Report of the Municipal Commissioner on the plague in Bombay for the year ending 31st May... - Volume 2
Disease focus: Plague
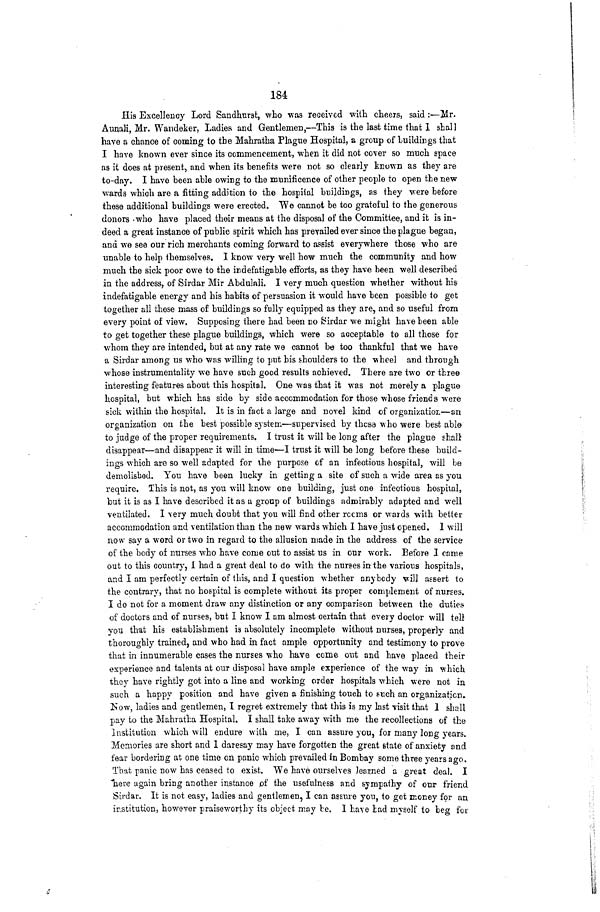
184:
His Excellency Lord Sandhurst, who was received with cheers, said :—Mr.
AunaJi, Mr. Wandeker, Ladies and Gentlemen,—This is the last time that 1 shall
have a chance of coming to the Mahratha Plague Hospital, a group of buildings that
I have known ever since its commencement, when it did not cover so much space
as it does at present, and when its henefits were not so clearly known as they are
to-day. I have been able owing to the munificence of other people to open the new
wards which are a fitting addition to the hospital buildings, as they were before
these additional buildings were erected. We cannot be too grateful to the generous
donors -who have placed their means at the disposal of the Committee, and it is in-
deed a great instance of public spirit which has prevailed ever since the plague began,
and we see our rich merchants coming forward to assist everywhere those who are
unable to help themselves. I know very well how much the community and how
much the sick poor owe to the indefatigable efforts, as they have been well described
in the address, of Sirdar Mir Abdulali. I very much question whether without hi&
indefatigable energy and his habits of persuasion it would have been possible to get
together all these mass of buildings so fully equipped as they are, and so useful from
every point of view. Supposing there had been no Sirdar we might have been able
to get together these plague buildings, which were so acceptable to all those for
whom they are intended, but at any rate we cannot be too thankful that we have
a Sirdar among us who was willing to put his shoulders to the wheel and through
whose instrumentality we have such good results achieved. There are two or three
interesting features about this hospital. One was that it was not merely a plague
hospital, but which has side by side accommodation for those whose friends were
sick within the hospital. It is in fact a large and novel kind of organisation—on
organization on the best possible system—supervised by thcsa who -were best able
to judge of the proper requirements. I trust it will be long after the plague shall
disappear—and disappear it will in time—I trust it will be long before these build-
ings which are so well adapted for the purpose of an infectious hospital, will be
demolished. You have been lucky in getting a site of such a wide area as you
require. This is not, as you will know one building, just one infectious hospital,
"but it is as I have described it as a group of buildings admirably adapted and well
ventilated. I very much doubt that you will find other rccms or wards with better
accommodation and ventilation than the new wards which I have just opened. 1 will
now say a word or two in regard to the allusion made in the address of the service
of the body of nurses who have come out to assist us in our work. Before I came
out to this country, i had a great deal to do with the nurses in-the various hospitals,
and I am perfectly certain of this, and I question whether anybody will assert io
the contrary, that no hospital is complete without its proper complement of nurses.
I do not for a moment draw any distinction or any comparison between the duties
of doctors and of nurses, but I know I am almost certain that every doctor will tell
you that his establishment is absolutely incomplete without nurses, properly and
thoroughly trained, and who had in fact ample opportunity and testimony to prove
that in innumerable cases the nurses who have come out and have placed their
experience and talents at our disposal have ample experience of the way in which
they have rightly got into a line and working order hospitals which were not in
such a happy position and have given a finishing touch to such an organization.
Isow, ladies and gentlemen, I regret extremely that this is my last visit that 1 shall
pay to the Mahratha Hospital. I shall take away with me the recollections of the
institution which will endure with me, I can assure you, for many long years.
Memories are short and 1 daresay may have forgotten the great state of anxiety and
fear bordering at one time on panic which prevailed in Bombay some three years ago,
That panic now has ceased to exist. We have ourselves learned a great deal. I
Ixere again bring another instance pf the usefulness and sympathy of our friend
Sirdar. It is not easy, ladies and gentlemen, I can assure you, to get money for an
institution, however praiseworthy its object may Ve. I have lad myself to beg for